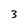
Character: 3